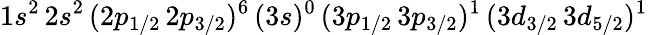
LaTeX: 1s^{2}\, 2s^{2}\, (2p_{1/2}\, 2p_{3/2})^{6}\, (3s)^{0}\, (3p_{1/2}\, 3p_{3/2})^{1}\, (3d_{3/2}\, 3d_{5/2})^{1}